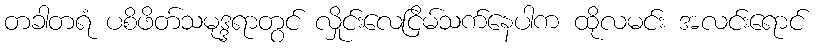
တခါတရံ ပစိဖိတ်သမုဒ္ဒရာတွင် လှိုင်းလေငြိမ်သက်နေပါက ထိုလမင်း အလင်းရောင်